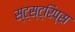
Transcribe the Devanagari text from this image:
स्ट्स्ट्रिप्स